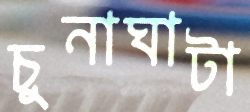
চুনাঘাটা